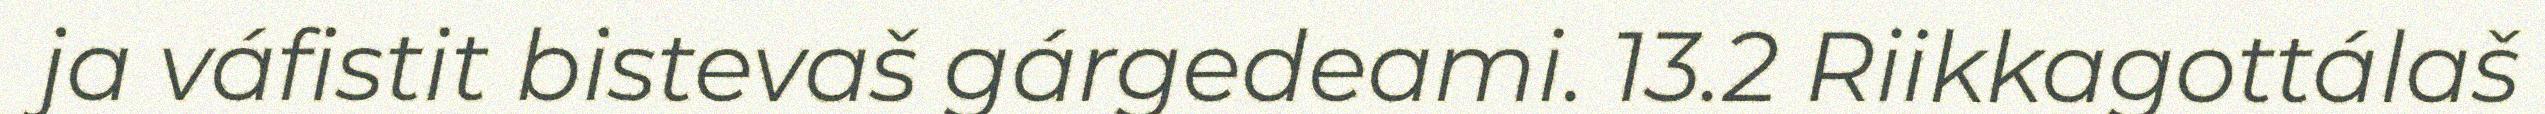
ja váfistit bistevaš gárgedeami. 13.2 Riikkagottálaš